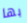
بها